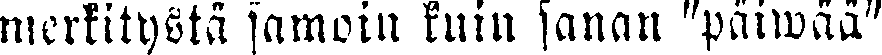
merkitystä samoin kuin sanan "päiwää"